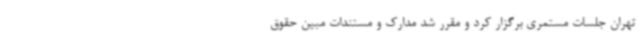
تهران جلسات مستمری برگزار کرد و مقرر شد مدارک و مستندات مبین حقوق